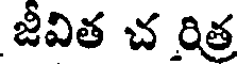
జీవిత చ రిత్ర